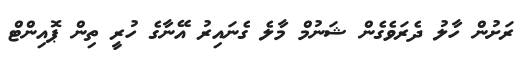
ރަށުން ހާލު ދެރަވެގެން ޝަނުމް މާލެ ގެނައިރު އޭނާގެ ހުރީ ތިން ޕޮއިންޓް